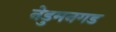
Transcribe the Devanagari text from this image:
नेडुमनगड